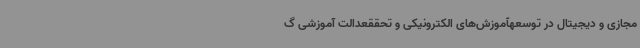
مجازی و دیجیتال در توسعهآموزش‌های الکترونیکی و تحققعدالت آموزشی گ